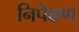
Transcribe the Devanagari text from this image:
निपेक्षण